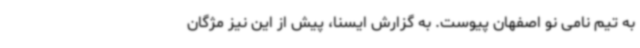
به تیم نامی نو اصفهان پیوست. به گزارش ایسنا، پیش از این نیز مژگان